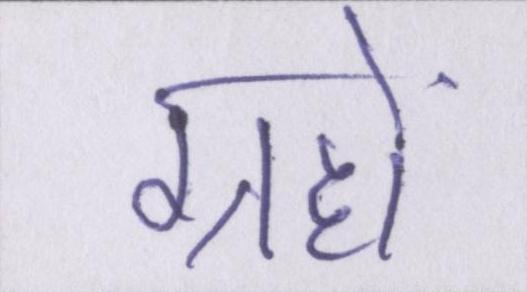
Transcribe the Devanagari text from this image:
ग्रहों